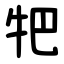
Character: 㸭